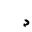
Letter: _dal